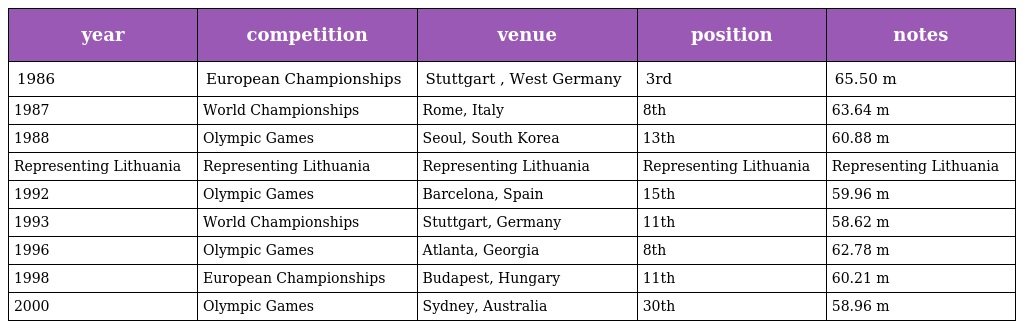
| year | competition | venue | position | notes |
 | --- | --- | --- | --- | --- |
 | 1986 | European Championships | Stuttgart , West Germany | 3rd | 65.50 m |
 | 1987 | World Championships | Rome, Italy | 8th | 63.64 m |
 | 1988 | Olympic Games | Seoul, South Korea | 13th | 60.88 m |
 | Representing Lithuania | Representing Lithuania | Representing Lithuania | Representing Lithuania | Representing Lithuania |
 | 1992 | Olympic Games | Barcelona, Spain | 15th | 59.96 m |
 | 1993 | World Championships | Stuttgart, Germany | 11th | 58.62 m |
 | 1996 | Olympic Games | Atlanta, Georgia | 8th | 62.78 m |
 | 1998 | European Championships | Budapest, Hungary | 11th | 60.21 m |
 | 2000 | Olympic Games | Sydney, Australia | 30th | 58.96 m |